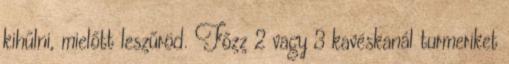
kihűlni, mielőtt leszűröd. Főzz 2 vagy 3 kavéskanál turmeriket